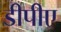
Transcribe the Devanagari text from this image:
डीपीए